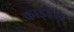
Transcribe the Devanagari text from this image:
काइरेन